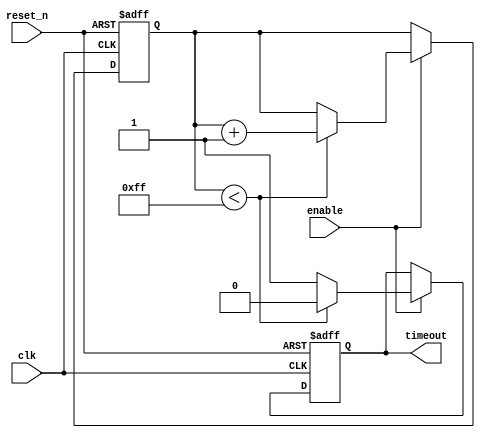
module timeout_counter #(
    parameter TIMEOUT_VALUE = 8'd255  // Define the time-out value (255 for an 8-bit counter)
)(
    input wire clk,                     // Clock input
    input wire reset_n,                 // Asynchronous active-low reset
    input wire enable,                  // Enable signal
    output reg timeout                  // Time-out output signal
);

    reg [7:0] counter;                  // 8-bit counter

    // Asynchronous reset and counter logic
    always @(posedge clk or negedge reset_n) begin
        if (!reset_n) begin
            counter <= 8'd0;            // Reset counter to zero
            timeout <= 1'b0;            // Clear timeout signal
        end else if (enable) begin
            if (counter < TIMEOUT_VALUE) begin
                counter <= counter + 1;  // Increment counter
                timeout <= 1'b0;         // Clear timeout signal
            end else begin
                timeout <= 1'b1;         // Assert timeout signal
            end
        end
    end

endmodule